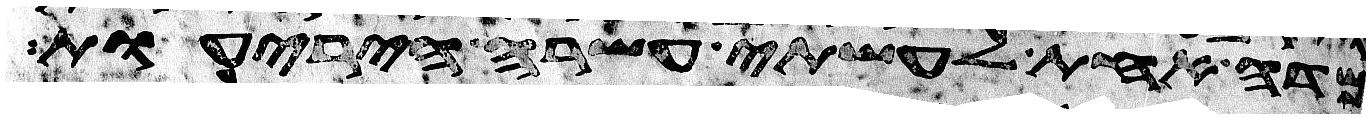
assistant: מדה אחת לעשתה עשרה היריעות